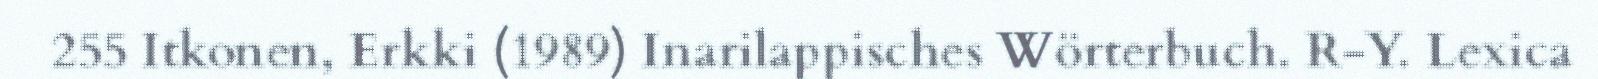
255 Itkonen, Erkki (1989) Inarilappisches Wörterbuch. R-Y. Lexica